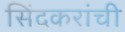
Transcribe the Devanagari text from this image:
सिंदकरांची